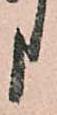
申